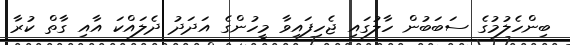
ބިންހެލުމުގެ ސަބަބުން ހާލުގައި ޖެހިފައިވާ މީހުންގެ އަދަދު ދެލައްކަ އާއި ގާތް ކުރާ